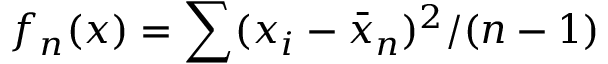
f _ { n } ( x ) = \sum ( x _ { i } - { \bar { x } } _ { n } ) ^ { 2 } / ( n - 1 )